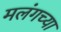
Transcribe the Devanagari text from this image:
मलंगच्या